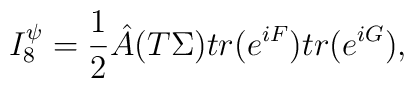
I_8^{\psi}={{1}\over{2}}{\hat A}(T\Sigma)tr(e^{iF})tr(e^{iG}),